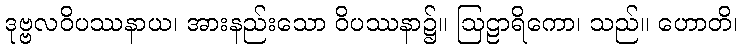
ဒုဗ္ဗလဝိပဿနာယ၊ အားနည်းသော ဝိပဿနာ၌။ ဩဠာရိကော၊ သည်။ ဟောတိ၊